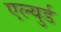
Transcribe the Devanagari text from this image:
एल्युर्ड